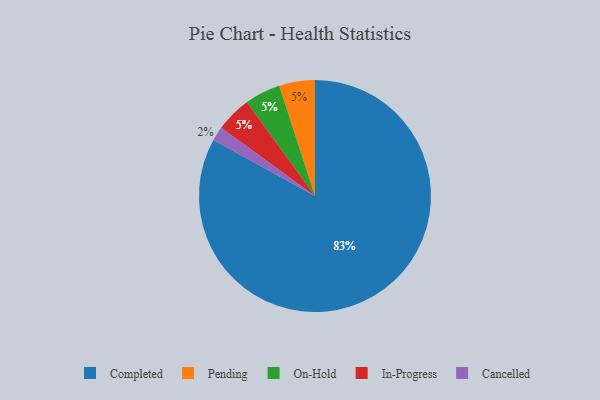
{"axis": {"x": "Category", "y": "Percentage"}, "legend": ["Cancelled", "Completed", "In-Progress", "On-Hold", "Pending"], "data": [{"x": "Pending", "y": 5, "type": "Pending"}, {"x": "Cancelled", "y": 2, "type": "Cancelled"}, {"x": "On-Hold", "y": 5, "type": "On-Hold"}, {"x": "In-Progress", "y": 5, "type": "In-Progress"}, {"x": "Completed", "y": 83, "type": "Completed"}]}